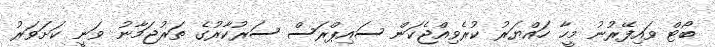
ބޯޓް ވައިފޭރުނު މީހާ ހައްޔަރު ކުރެވިއްޖެކަން ސައިޕްރަސް ސަރުކާރުގެ ތަރުޖަމާނު ވަނީ ކަށަވަރު